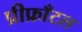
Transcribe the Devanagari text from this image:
प्रीफ्राँटल